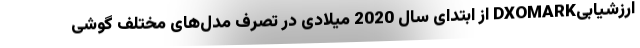
ارزشیابیDXOMARK از ابتدای سال 2020 میلادی در تصرف مدل‌های مختلف گوشی